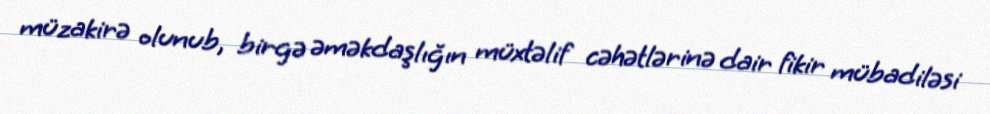
müzakirə olunub, birgə əməkdaşlığın müxtəlif cəhətlərinə dair fikir mübadiləsi